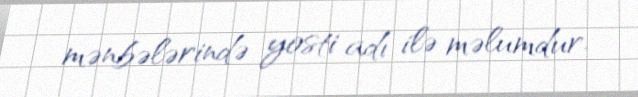
mənbələrində yosti adı ilə məlumdur.